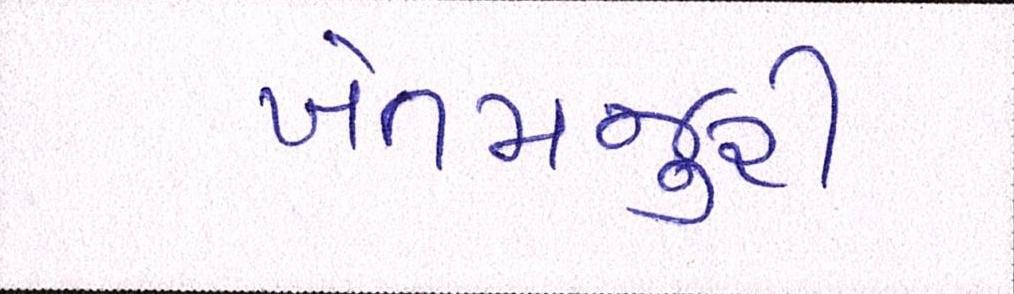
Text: ખેતમજુરી